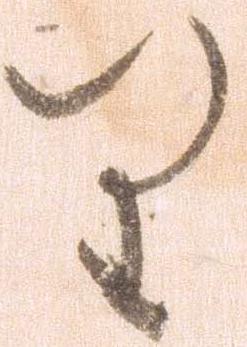
り